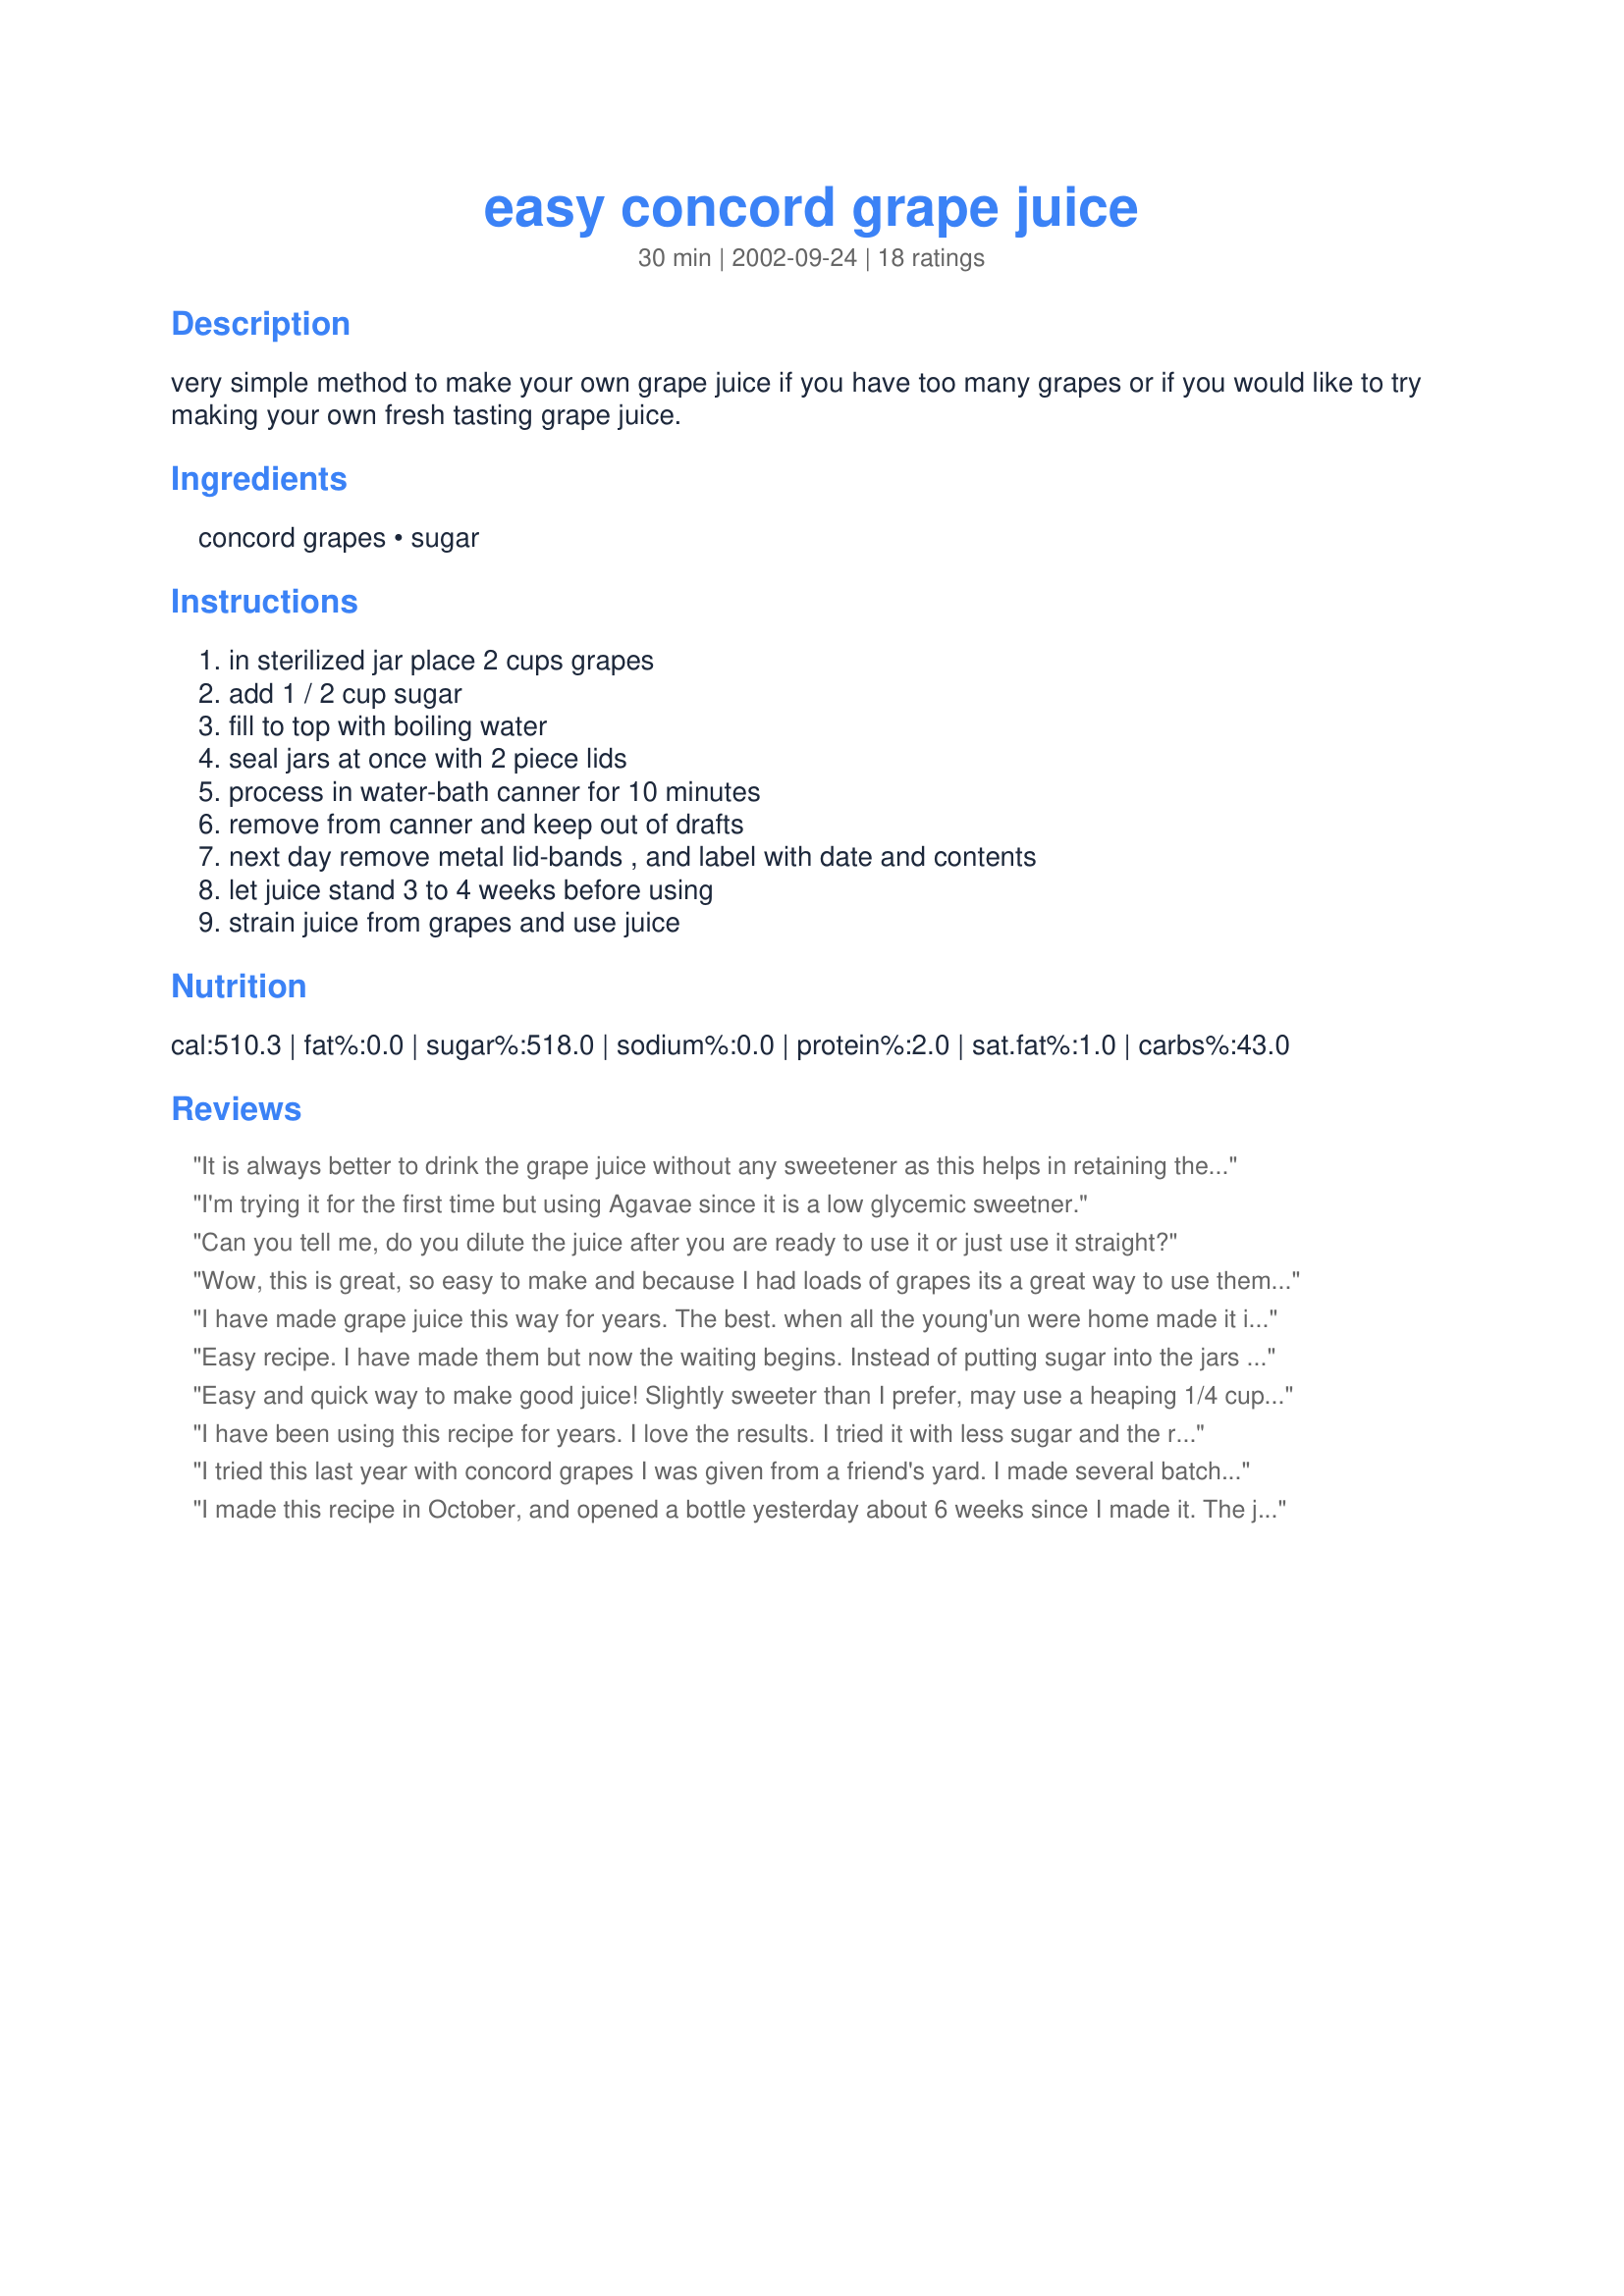
easy concord grape juice
Preparation time: 30 minutes

very simple method to make your own grape juice if you have too many grapes or if you would like to try making your own fresh tasting grape juice.

Ingredients:
concord grapes, sugar

Steps:
in sterilized jar place 2 cups grapes, add 1 / 2 cup sugar, fill to top with boiling water, seal jars at once with 2 piece lids, process in water-bath canner for 10 minutes, remove from canner and keep out of drafts, next day remove metal lid-bands , and label with date and contents, let juice stand 3 to 4 weeks before using, strain juice from grapes and use juice

Reviews:
It is always better to drink the grape juice without any sweetener as this helps in retaining the necessary nutrients that your body needs. Another important thing to remember is that you need to drink the fruit juice made out of a juicer as soon as you can to avoid the juice losing its nutritional value. Since this is a pure and natural fruit juice, it won’t last for 24 hours and will no longer be good to drink.
I'm trying it for the first time but using Agavae since it is a low glycemic sweetner.
Can you tell me, do you dilute the juice after you are ready to use it or just use it straight?
Wow, this is great, so easy to make and because I had loads of grapes its a great way to use them up. Thanks
I have made grape juice this way for years. The best. when all the young'un were home made it in half gallon jars, quart was not enough for them and their friends. My neice still asks about the juice when she calls.
Easy recipe. I have made them but now the waiting begins. Instead of putting sugar into the jars and filling with water I made a heavier syrup before preparing the jars. To every 5 cups of water I added 3 cups of sugar. &lt;br/&gt;I made several batches where you cook the grapes than strain them twice, add sugar and cook some more. A lot of work but taste very good so I&#039;m hoping these will be just as or tastier than the other ones.
Easy and quick way to make good juice! Slightly sweeter than I prefer, may use a heaping 1/4 cup of sugar next time. Plan on making some jelly with this juice later when there is time. Thanks for sharing!
I have been using this recipe for years. I love the results. I tried it with less sugar and the results were not as good. Because the whole grape is used (grape seed and grape skin) I feel it must be very healthy. I bring it out when anyone is sick. I have given to my children and now my grandchildren. I think I probably use more grapes than suggested.
I tried this last year with concord grapes I was given from a friend's yard. I made several batches of grape jelly &amp; had POUNDS of grapes leftover. this seemed a much simpler way than boiling the grapes up and straining, etc. I don't have a steam extractor... but man, what a disappointment. vaguely grape flavored, slightly bitter water. and this is 10 months later! I have several gallons of this downstairs and i think i'll be just pouring it all out and giving the grapes to the chickens - if they'll even eat them. If you drink Welsh's or any similar concord grape juice, THIS IS NOT IT. I wanted to do it with no sweetner, since we never buy grape juice that has added sweetener. I did some jars with none, some with a couple tablespoons of organic cane sugar, and some with a couple tablespoons of maple sugar. all quart jars. my nephews tasted it once &amp; won't touch the stuff. i don't even want to drink it myself. it's not horrible, but it's certainly just not good. maybe if I did it and fully filled/stuffed the jars with grapes first, then just added water around them it would come out...but basically this is like grapes steeped for tea, not juice at all. what a waste of space on my canning shelves!
I made this recipe in October, and opened a bottle yesterday about 6 weeks since I made it. The juice is excellent, the recipe was so easy to follow and I plan to make it again next year. The only thing I made different from the recipe was cut the sugar back to 1/4 cup per quart as some of the previous reviews said it could be done safely . The juice taste sweet to me , very similar to welch grape juice you buy. My grapes were sweeter than usual this year I think because we had unusual warm weather this fall. I made 24 qts, if I would have known it was going to be this good I would have made lots more.Thank you so much for the great recipe, I will be sharing this with my friends.
This is great! I always have leftover grapes to use so this comes in handy! I do like to put in a little more grapes to get more grape flavor from it, but this is such a great, natural recipe for grape juice! I feel good serving it to the kids! Thanks for posting!
This recipe is one given to me by a friend at church and she says it is the BEST grape juice recipe, but that you MUST wait at least 6 months before drinking it for the best flavor. I just made it this week so I've got 120 quarts waiting for me! We did taste the 2 quarts that didn't seal and found that it was a bit too sweet for our taste. I did ask the Ball company about eliminating the sugar and they said that it was safe to do so, so in the future we will either halve the sugar or omit it and just add a sweetener if we want it when we drink it. The flavor in the ones we drank immediately after canning them was good, but weak, so I'm very interested to see how it tastes after waiting! However, the Ball Blue Book said to only use 1 cup grapes, so that is what we used. If I use 2 cups of grapes per quart we'll probably dilute it when we use it after we wait.

This recipe is VERY easy to do. My children all helped, from my toddler to my preschoolers.

Enjoy!
we do this too we water bath it for 30 though its easy and can do alot of grapes have made jelly with the juice later when not so hot and busy
Just a question as i've not yet tried the recipe - but am doing so tomorrow as I have lots of concords in the back. Can the sugar be reduced or is it necessary for a safe canning process? Thanks for the recipe. Gretchen
This is the perfect recipe!! It's a fast way to get rid of all the extra grapes! And the best part is making it is fun !
My sister and I made this last fall. It is really good. You can use between 1 and 2 cups of grapes per jar, and it didn't make much difference. We added sugar to hers (really yummy), none to mine, still good but not sweet. When I open a jar I add stevia to taste...really yummy;) less calories. This is the recipe my husbands grandma used with plenty of sugar...back when he was happy to eat all things sweet.
Thank you so much for sharing! I have 25' of concord grape vines in my yard and heard of this easy method, but didn't know how to do it. I have now put up 10 qts of this juice (which was so much easier than last year, boiling, crushing the grapes, straining, etc...) And now I can share this recipe with my neighbors when I give them bushels of our grapes! Wonderful and simple!
My aunt gave my mom this recipe back in the 50's. They never put sugar in, and we loved it. When you steam extract grapes for juice, it is plenty sweet without sugar.
